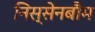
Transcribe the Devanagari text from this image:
निस्सेनबौम